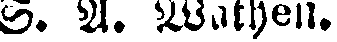
S. A. Wathen.